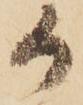
か